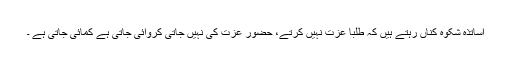
اساتذہ شکوہ کناں رہتے ہیں کہ طلبا عزت نہیں کرتے، حضور عزت کی نہیں جاتی کروائی جاتی ہے کمائی جاتی ہے ۔